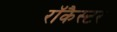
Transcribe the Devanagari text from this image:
रॉकैस्टर